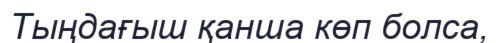
Тыңдағыш қанша көп болса,